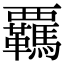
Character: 覊